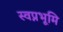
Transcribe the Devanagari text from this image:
स्वप्नभूमि